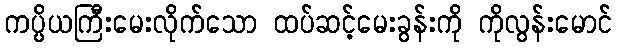
ကပ္ပိယကြီးမေးလိုက်သော ထပ်ဆင့်မေးခွန်းကို ကိုလွန်းမောင်